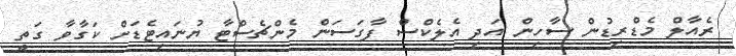
ރެއާލް މެޑްރިޑުން ސާހިން އަދި އެލެކްސް ފާގަސަން މެންޗެސްޓާ ޔުނައިޓެޑަށް ކަގާވާ ގަތީ